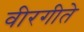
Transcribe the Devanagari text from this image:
वीरगीते